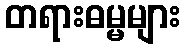
တရားဓမ္မများ